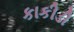
કાકીડી